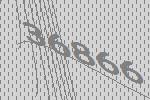
36866